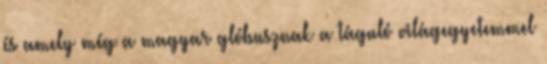
és amely még a magyar glóbusznak a táguló világegyetemmel